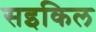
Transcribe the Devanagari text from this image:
सइकिल